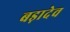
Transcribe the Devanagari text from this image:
बड़ादेव